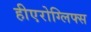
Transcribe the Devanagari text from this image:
हीएरोग्लिफ्स